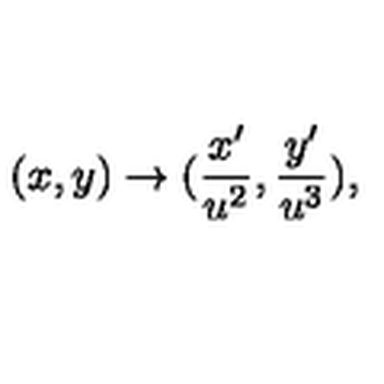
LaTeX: ( x , y ) \rightarrow ( \frac { x ^ { \prime } } { u ^ { 2 } } , \frac { y ^ { \prime } } { u ^ { 3 } } ) ,